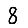
Digit: 8